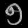
Digit: ၅